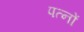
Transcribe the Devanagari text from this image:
पत्नों